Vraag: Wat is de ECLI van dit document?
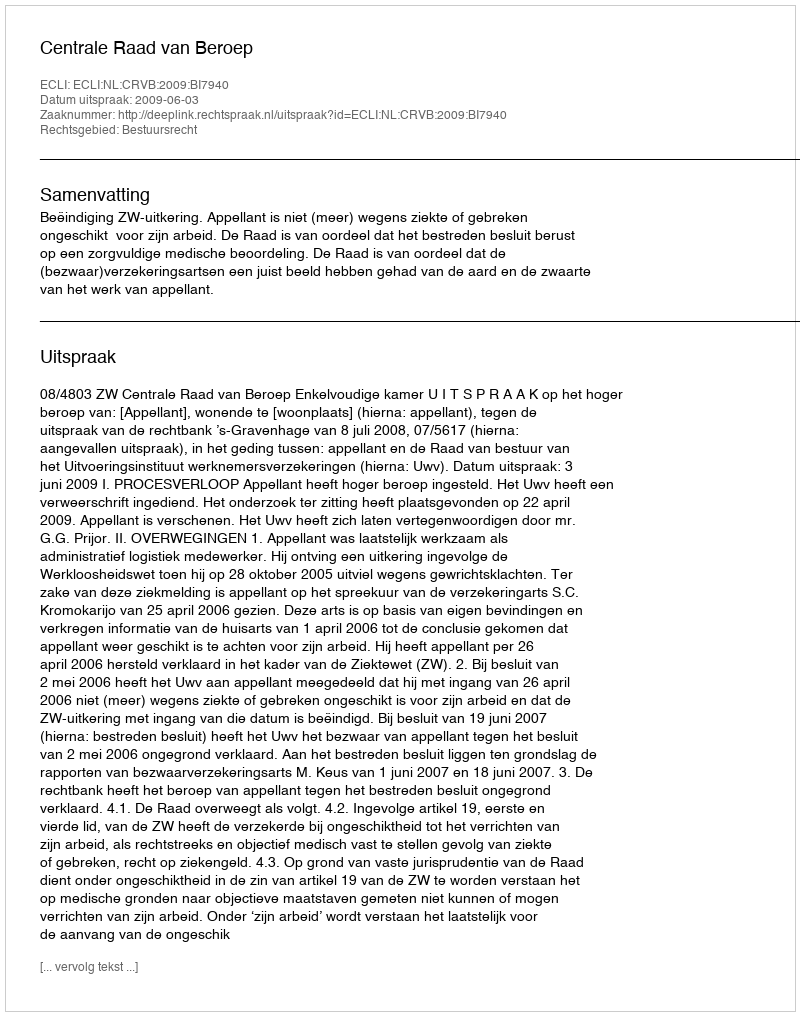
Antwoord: ECLI:NL:CRVB:2009:BI7940